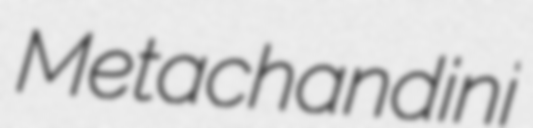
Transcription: Metachandini